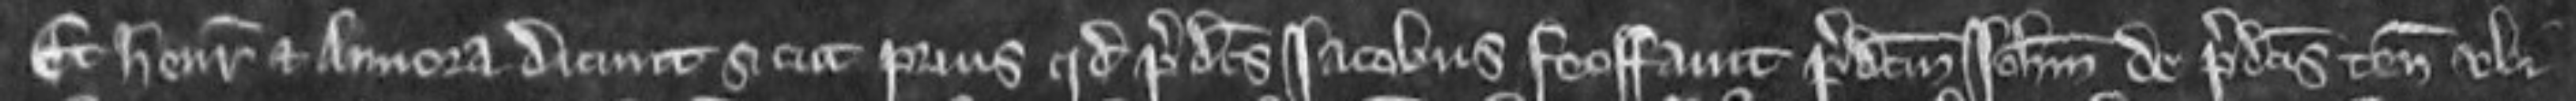
Et Henricus et Annora dicunt sicut prius quod predictus Jacobus feoffavit predictum Johannem de predictis tenementis ubi